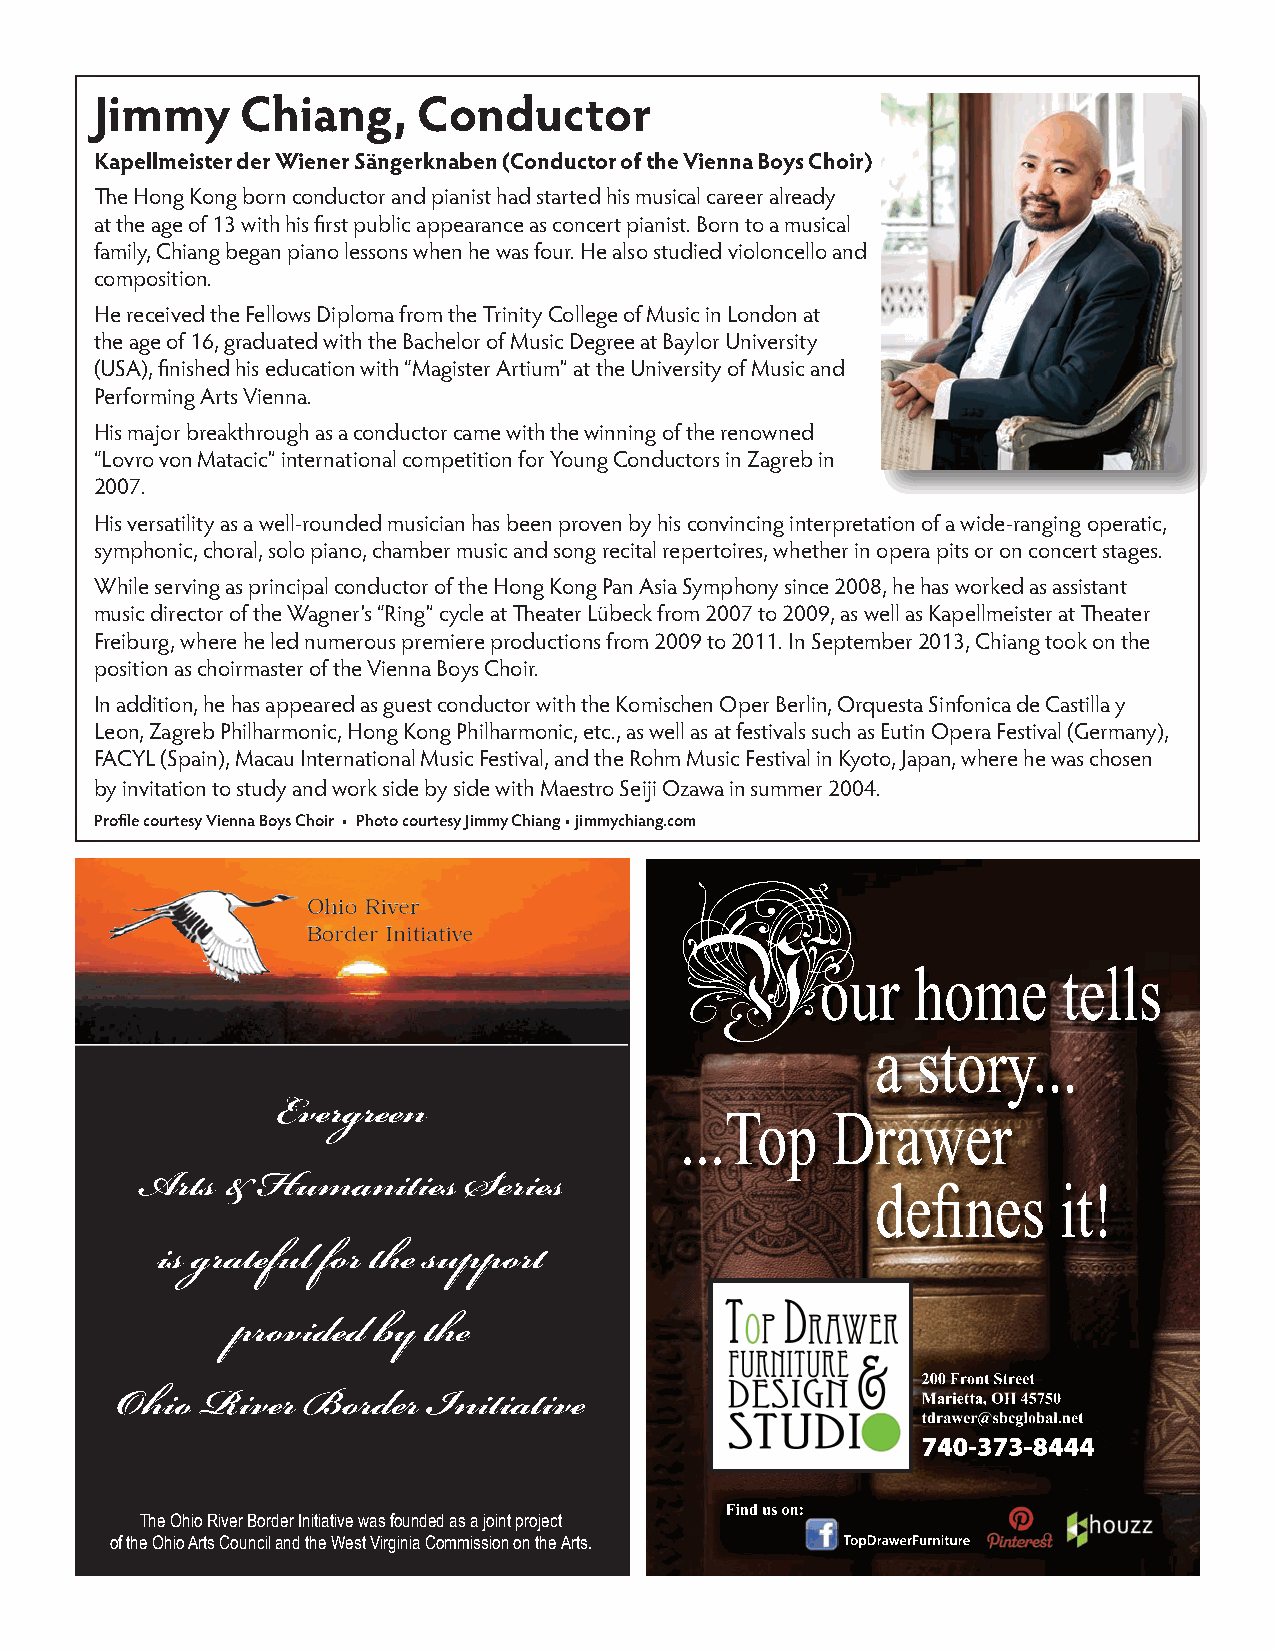
Jimmy     Chiang,     Conductor
 Kapellmeister der Wiener Sängerknaben (Conductor of the Vienna Boys Choir)
 The Hong Kong born conductor and pianist had started his musical career already
 at the age of 13 with his first public appearance as concert pianist. Born to a musical
 family, Chiang began piano lessons when he was four. He also studied violoncello and
 composition.
 He received the Fellows Diploma from the Trinity College of Music in London at
 the age of 16, graduated with the Bachelor of Music Degree at Baylor University
 (USA), finished his education with “Magister Artium” at the University of Music and
 Performing Arts Vienna.
 His major breakthrough as a conductor came with the winning of the renowned
 “Lovro von Matacic” international competition for Young Conductors in Zagreb in
 2007.
 His versatility as a well-rounded musician has been proven by his convincing interpretation of a wide-ranging operatic,
 symphonic, choral, solo piano, chamber music and song recital repertoires, whether in opera pits or on concert stages.
 While serving as principal conductor of the Hong Kong Pan Asia Symphony since 2008, he has worked as assistant
 music director of the Wagner’s “Ring” cycle at Theater Lübeck from 2007 to 2009, as well as Kapellmeister at Theater
 Freiburg, where he led numerous premiere productions from 2009 to 2011. In September 2013, Chiang took on the
 position as choirmaster of the Vienna Boys Choir.
 In addition, he has appeared as guest conductor with the Komischen Oper Berlin, Orquesta Sinfonica de Castilla y
 Leon, Zagreb Philharmonic, Hong Kong Philharmonic, etc., as well as at festivals such as Eutin Opera Festival (Germany),
 FACYL (Spain), Macau International Music Festival, and the Rohm Music Festival in Kyoto, Japan, where he was chosen
 by invitation to study and work side by side with Maestro Seiji Ozawa in summer 2004.
 Profile courtesy Vienna Boys Choir • Photo courtesy Jimmy Chiang • jimmychiang.com
 Evergreen
 Arts  & Humanities    Series
 is grateful for the support
 provided  by the
 Ohio River  Border  Initiative
 The Ohio River Border Initiative was founded as a joint project
 of the Ohio Arts Council and the West Virginia Commission on the Arts.